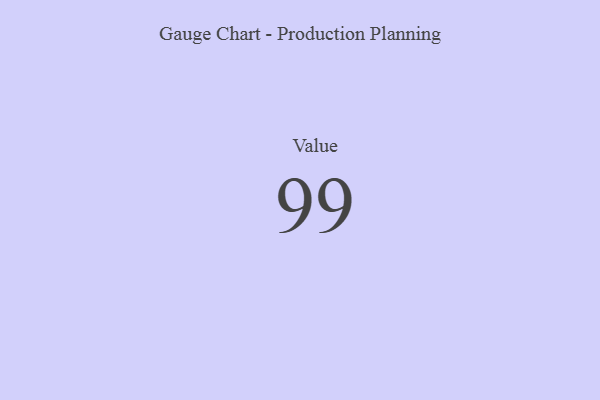
{"axis": {"x": "Metric", "y": "Value"}, "legend": [""], "data": [{"x": "Value", "y": 99, "type": ""}]}